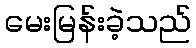
မေးမြန်းခဲ့သည်